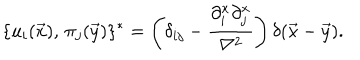
LaTeX: \{ u _ { i } ( \vec { x } ) , \, \pi _ { j } ( \vec { y } ) \} ^ { * } = \left( \delta _ { i j } - { \frac { \partial _ { i } ^ { x } \partial _ { j } ^ { x } } { \nabla ^ { 2 } } } \right) \delta ( \vec { x } - \vec { y } ) .